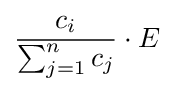
{\frac {c_{i}}{\sum _{j=1}^{n}c_{j}}}\cdot E